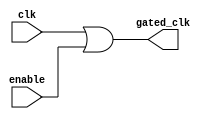
module clock_gating (
    input wire clk,            // Primary clock signal
    input wire enable,         // Control signal for clock gating
    output wire gated_clk      // Gated clock signal
);

// OR gate to generate the gated clock signal
assign gated_clk = clk | enable;

endmodule